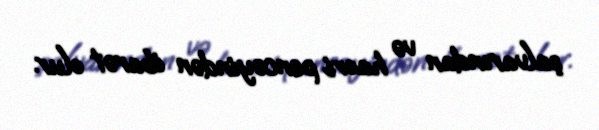
şalvarından və haori pencəyindən ibarət olur.